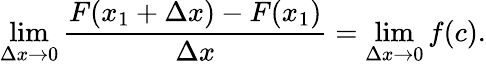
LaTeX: \operatorname*{lim}_{\Delta x\to 0}{\frac{F(x_{1}+\Delta x)-F(x_{1})}{\Delta x}}=\operatorname*{lim}_{\Delta x\to 0}f(c).